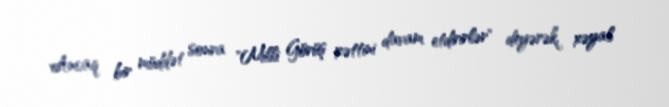
Ancaq bir müddət sonra "Milli Görüş xəttini davam etdirirlər" deyərək, xəyal